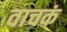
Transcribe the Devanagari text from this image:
वाचकं